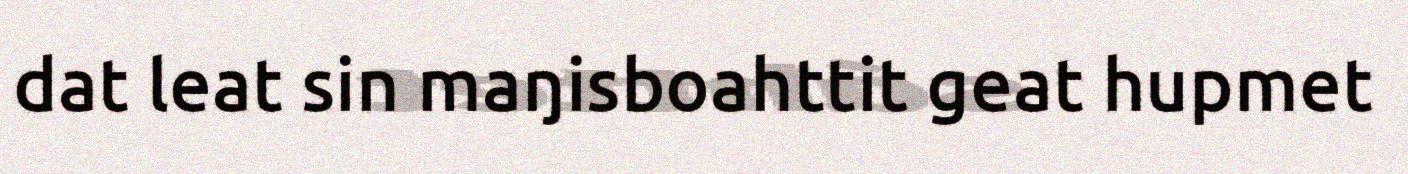
dat leat sin maŋisboahttit geat hupmet